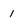
Character: 1